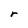
Character: r